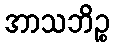
အာသဘိဉ္စ